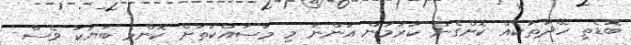
ބޮޑެތި ހޭދަތަކެއް ކޮށްގެން ކުރަމުން އަންނަ މި މަސައްކަތަށް ކޮންމެ ބަޔަކު ވެސް